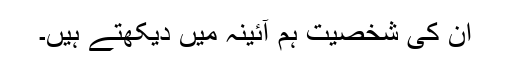
ان کی شخصیت ہم آئینہ میں دیکھتے ہیں۔